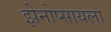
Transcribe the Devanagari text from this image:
झेनोप्सायला